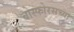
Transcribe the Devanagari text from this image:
बोस्फोरसच्या